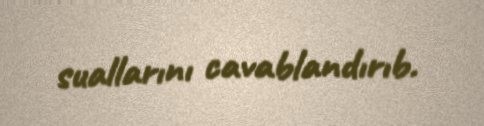
suallarını cavablandırıb.